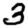
Digit: 3